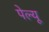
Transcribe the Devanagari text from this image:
पेल्यू